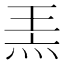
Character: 𤈅